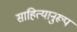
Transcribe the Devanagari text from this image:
साहित्यानुरूप